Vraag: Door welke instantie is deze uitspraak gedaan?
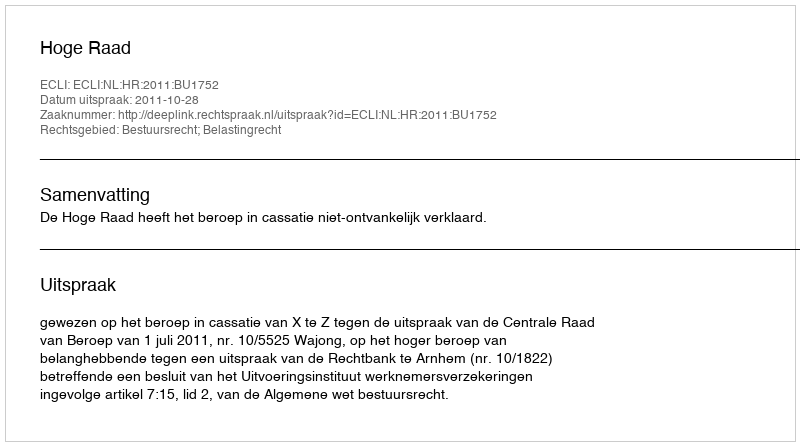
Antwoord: Hoge Raad